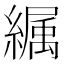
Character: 𦅉